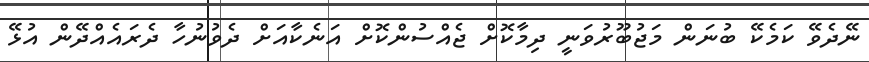
ނޭދެވޭ ކަމެކޭ ބުނަން މަޖުބޫރުވަނީ ދިމާކޮށް ޖެއްސުންކޮށް އަނެކާއަށް ދެވުނުހާ ދެރައެއްދޭން އުޅޭ